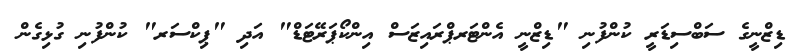
ޑިޒްނީގެ ސަބްސިޑަރީ ކުންފުނި "ޑިޒްނީ އެންޓަރޕްރައިޒަސް އިންކޯޕަރޭޓަޑް" އަދި "ޕިކްސަރ" ކުންފުނި ގުޅިގެން